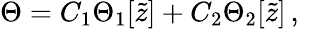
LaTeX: \Theta=C_{1}\Theta_{1}[\widetilde{z}]+C_{2}\Theta_{2}[\widetilde{z}]\, ,\